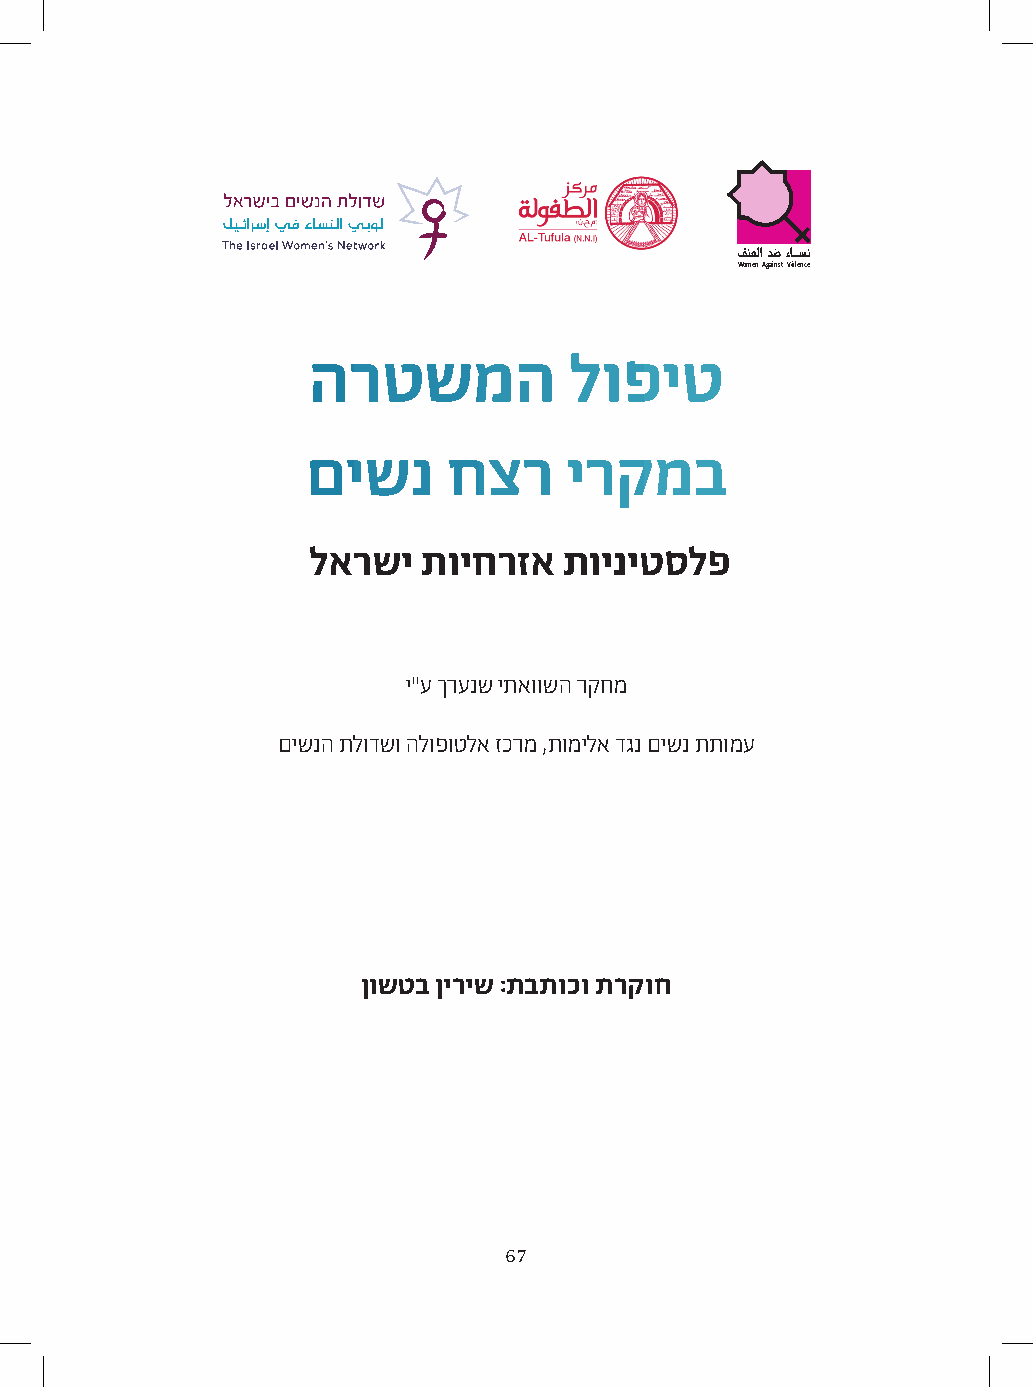
فنعلا دض ءاــسن
 Women Against Violence
 הרטשמה            לופיט
 םישנ      חצר     ירקמב
 לארשי  תויחרזא  תויניטסלפ
 י"ע ךרענש יתאוושה רקחמ
 םישנה תלודשו הלופוטלא זכרמ ,תומילא דגנ םישנ תתומע
 ןושטב ןיריש :תבתוכו תרקוח
 67